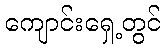
ကျောင်းရှေ့တွင်